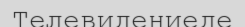
Телевидениеде